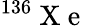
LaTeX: ^{136}\mathrm{~X~e~}